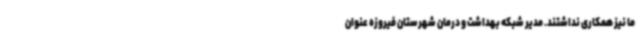
ما نیز همکاری نداشتند. مدیر شبکه بهداشت و درمان شهرستان فیروزه عنوان